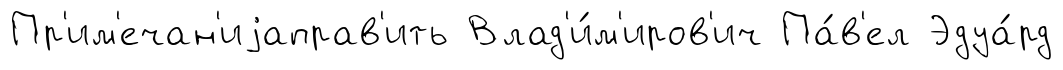
Пр'им'ечан'иjаправ'ить Влад'и́м'иров'ич Па́в'ел Эдуа́рд